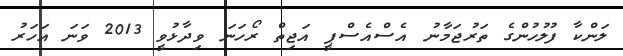
ލަންކާ ފުލުހުންގެ ތަރުޖަމާނު އެސްއެސްޕީ އަޖިތް ރޯހަނަ ވިދާޅުވީ 2013 ވަނަ އަހަރު